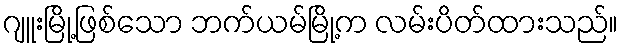
ဂျူးမြို့ဖြစ်သော ဘက်ယမ်မြို့က လမ်းပိတ်ထားသည်။